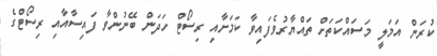
ކުރަން އަމަލީ މަސައްކަތަށް ތައްޔާރުވެފައިވާ ކަމަށާއި ރިސޯޓް ހަދަން ބޭނުންވާ ފައިސާއާއި ރިސޯޓްގެ